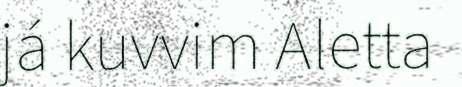
já kuvvim Aletta